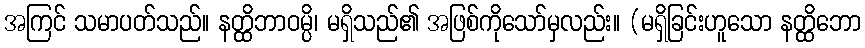
အကြင် သမာပတ်သည်။ နတ္ထိဘာဝမ္ပိ၊ မရှိသည်၏ အဖြစ်ကိုသော်မှလည်း။ (မရှိခြင်းဟူသော နတ္ထိဘော